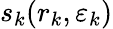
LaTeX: s_{k}(r_{k},\varepsilon_{k})